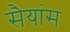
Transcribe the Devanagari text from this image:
सैयांस